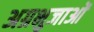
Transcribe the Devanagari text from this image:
अग्रभुजाओं